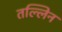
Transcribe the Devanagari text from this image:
तल्लिन